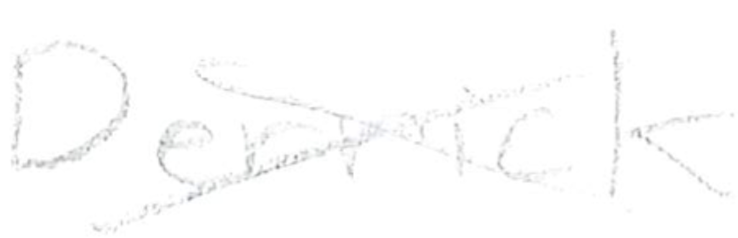
Text: Derrick
Cross-out: cross
Writing tool: pencil